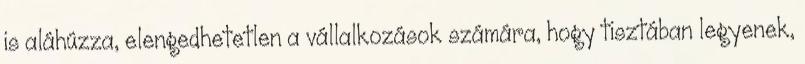
is aláhúzza, elengedhetetlen a vállalkozások számára, hogy tisztában legyenek,